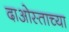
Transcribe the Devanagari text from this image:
दाओस्ताच्या